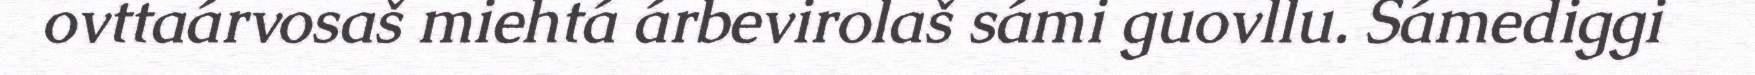
ovttaárvosaš miehtá árbevirolaš sámi guovllu. Sámediggi